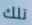
تلك